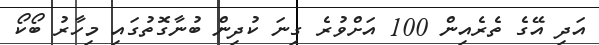
އަދި އޭގެ ތެރެއިން 100 އަށްވުރެ ގިނަ ކުދިން ބުނާގޮތުގައި މިހާރު ބޯކޯ